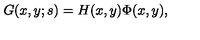
G ( x , y ; s ) = H ( x , y ) \Phi ( x , y ) ,